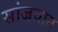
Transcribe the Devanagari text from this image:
सांजवात